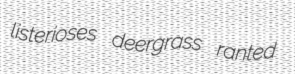
listerioses deergrass ranted